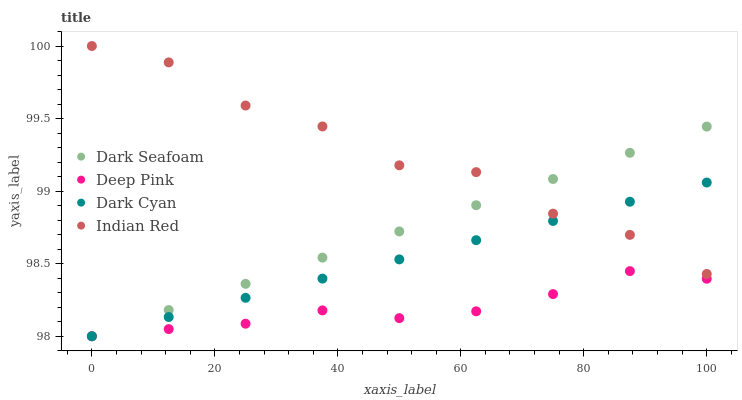
| xaxis_label | Dark Seafoam | Deep Pink | Dark Cyan | Indian Red |
 | --- | --- | --- | --- | --- |
 | 0 | 98 | 98 | 98 | 100 |
 | 12.5 | 98.2 | 98 | 98.1 | 99.9 |
 | 25 | 98.4 | 98.1 | 98.3 | 99.6 |
 | 37.5 | 98.5 | 98.2 | 98.4 | 99.4 |
 | 50 | 98.7 | 98.1 | 98.5 | 99.2 |
 | 62.5 | 98.9 | 98.2 | 98.7 | 99.1 |
 | 75 | 99.1 | 98.3 | 98.8 | 98.8 |
 | 87.5 | 99.3 | 98.4 | 98.9 | 98.7 |
 | 100 | 99.4 | 98.4 | 99.1 | 98.4 |